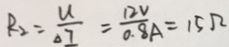
R _ { 2 } = \frac { u } { \Delta I } = \frac { 1 2 V } { 0 . 8 A } = 1 5 \Omega